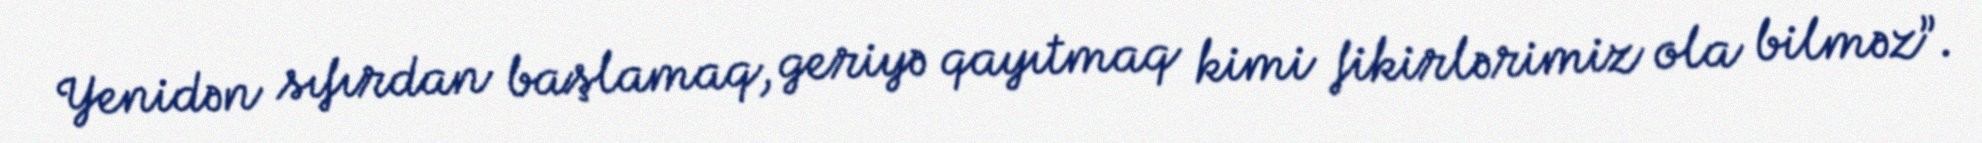
Yenidən sıfırdan başlamaq, geriyə qayıtmaq kimi fikirlərimiz ola bilməz”.